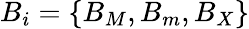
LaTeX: B_{i}=\{ B_{M},B_{m},B_{X}\}